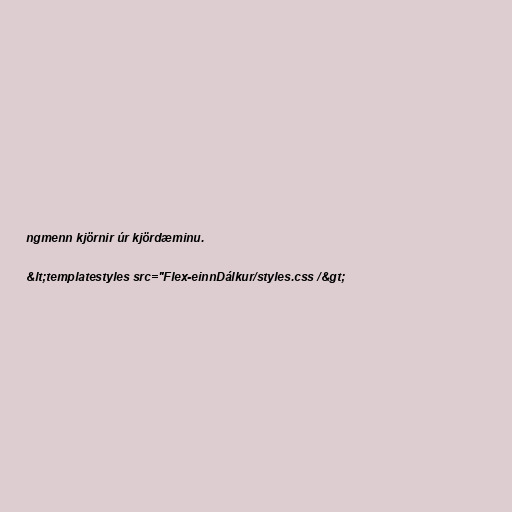
ngmenn kjörnir úr kjördæminu.

&lt;templatestyles src="Flex-einnDálkur/styles.css /&gt;